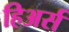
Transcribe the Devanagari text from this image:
हिअर्स